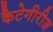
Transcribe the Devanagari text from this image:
कैटेगीरीज